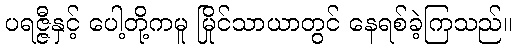
ပရဇ္ဇီနှင့် ပေါ့တို့ကမူ မြိုင်သာယာတွင် နေရစ်ခဲ့ကြသည်။